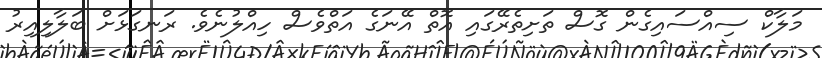
މަލާކް ސިއްސައިގެން ގޮސް ތަށިތެރޭގައި އޮތް އޭނަގެ އަތްވެސް ހިއްލުނެވެ. ރަނގަޅަށް ބަލާލިއިރު